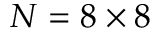
N = 8 \times 8